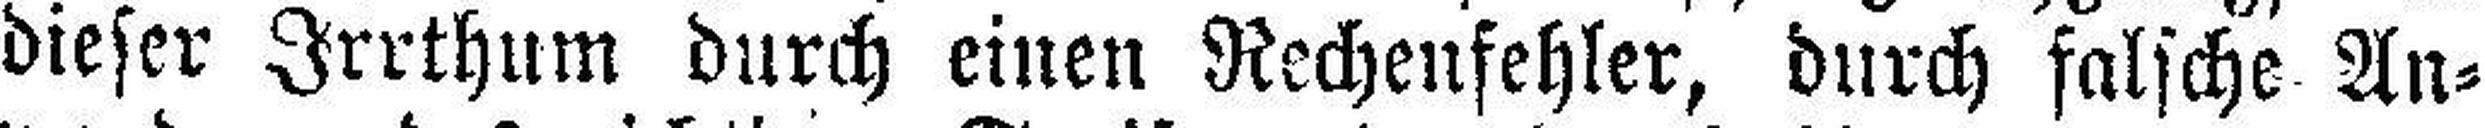
dieser Irrthum durch einen Rechenfehler, durch falsche An¬